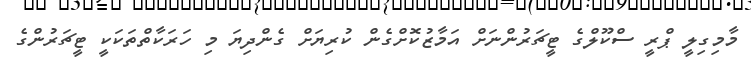
މާމިގިލީ ޕްރީ ސްކޫލްގެ ޓީޗަރުންނަށް އަމާޒުކޮށްގެން ކުރިޔަށް ގެންދިޔަ މި ހަރަކާތްތަކަކީ ޓީޗަރުންގެ